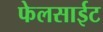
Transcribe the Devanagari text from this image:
फेलसाईट